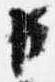
臣